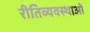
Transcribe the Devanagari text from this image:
रीतिव्यवस्थाओं